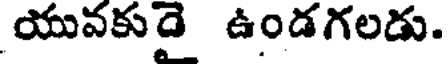
యువకుడై ఉండగలడు.